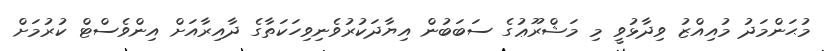
މުޙަންމަދު މުއިއްޒު ވިދާޅުވީ މި މަޝްރޫޢުގެ ސަބަބުން އިޔާދަކުރުވެނިވިހަކަތާގެ ދާއިރާއަށް އިންވެސްޓް ކުރުމަށް